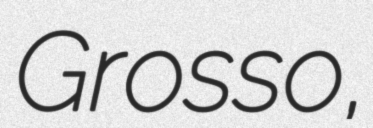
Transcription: Grosso,